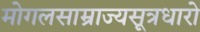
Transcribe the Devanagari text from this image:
मोगलसाम्राज्यसूत्रधारो